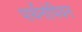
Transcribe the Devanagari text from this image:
पार्थेनोपियन